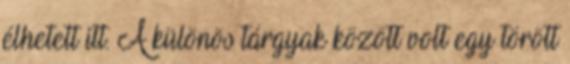
élhetett itt. A különös tárgyak között volt egy törött